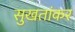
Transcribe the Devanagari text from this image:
सुखतांकर